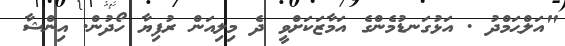
"އަލްޙަމްދު . އަޅުގަނޑުމެންގެ އަމާޒަކަށްވީ ދެ މިލިއަން ރުފިޔާ ހޯދުން. އިންޝާ